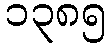
၁၃၈၅